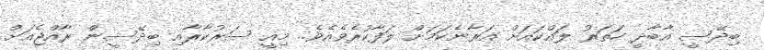
ބިދޭސީ އާބާދީ ހަތަރު ލައްކައަށް އަރާނެކަމަށް ލަފާކުރެވެއެވެ. މިއީ ސަރުކާރާއި ބިދޭސީން ރާއްޖެއަށް